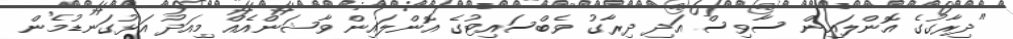
"ދިރާގުގެ އޮންލައިން ސާވިސް އަދި ދިރާގު ވެބްސައިޓުގެ އޮންލައިން ވާޝަންއެއް މިއަދު އަޅުގަނޑުމެން